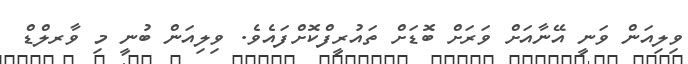
ވިލިއަން ވަނީ އޭނާއަށް ވަރަށް ބޮޑަށް ތައުރީފްކޮށްފައެވެ. ވިލިއަން ބުނީ މި ވާރލްޑް